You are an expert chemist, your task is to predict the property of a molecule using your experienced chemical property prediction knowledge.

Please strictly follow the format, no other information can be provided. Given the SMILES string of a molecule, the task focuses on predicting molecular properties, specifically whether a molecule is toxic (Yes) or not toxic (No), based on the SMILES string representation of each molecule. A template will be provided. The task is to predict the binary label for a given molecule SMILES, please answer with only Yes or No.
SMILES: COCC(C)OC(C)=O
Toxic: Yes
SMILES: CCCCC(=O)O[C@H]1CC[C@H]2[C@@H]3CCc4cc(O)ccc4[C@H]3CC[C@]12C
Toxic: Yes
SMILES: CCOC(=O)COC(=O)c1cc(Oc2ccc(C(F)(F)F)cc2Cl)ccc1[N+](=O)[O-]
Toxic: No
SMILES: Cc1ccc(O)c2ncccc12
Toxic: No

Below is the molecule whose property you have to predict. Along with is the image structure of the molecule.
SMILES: CCCC(=O)O[C@]1(C(=O)CC)CC[C@H]2[C@@H]3CCC4=CC(=O)CC[C@]4(C)[C@H]3[C@@H](O)C[C@@]21C
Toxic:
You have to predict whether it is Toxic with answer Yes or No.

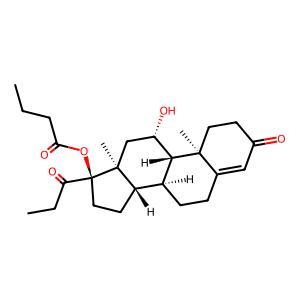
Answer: No